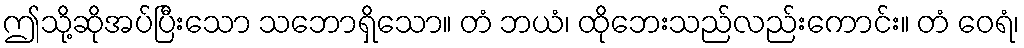
ဤသို့ဆိုအပ်ပြီးသော သဘောရှိသော။ တံ ဘယံ၊ ထိုဘေးသည်လည်းကောင်း။ တံ ဝေရံ၊